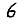
Digit: 6